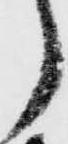
郎